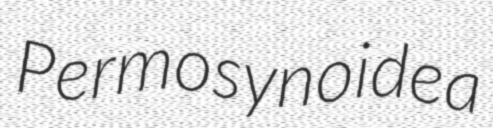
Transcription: Permosynoidea